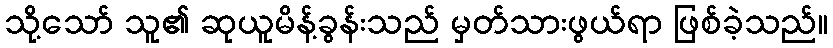
သို့သော် သူ၏ ဆုယူမိန့်ခွန်းသည် မှတ်သားဖွယ်ရာ ဖြစ်ခဲ့သည်။